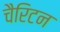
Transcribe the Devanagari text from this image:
चैरिटन